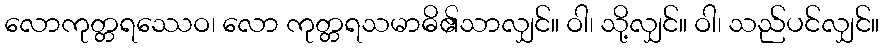
လောကုတ္တရဿေဝ၊ လော ကုတ္တရသမာဓိ၏သာလျှင်။ ဝါ၊ သို့လျှင်။ ဝါ၊ သည်ပင်လျှင်။